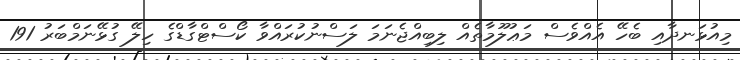
މިއުޅަނދާއި ބެހޭ އެއްވެސް މަޢުލޫމާތެއް ލިބިއްޖެނަމަ ލަސްނުކުރައްވާ ކޯސްޓްގާޑްގެ ހިލޭ ގުޅޭނަމްބަރު 191